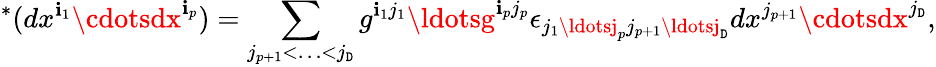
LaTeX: {}^{*}(dx^{\mathbf{i}_{1}}\cdotsdx^{\mathbf{i}_{p}})=\sum_{j_{p+1}<\ldots<j_{\mathtt{D}}}g^{\mathbf{i}_{1}j_{1}}\ldotsg^{\mathbf{i}_{p}j_{p}}\epsilon_{j_{1}\ldotsj_{p}j_{p+1}\ldotsj_{\mathtt{D}}}dx^{j_{p+1}}\cdotsdx^{j_{\mathtt{D}}},